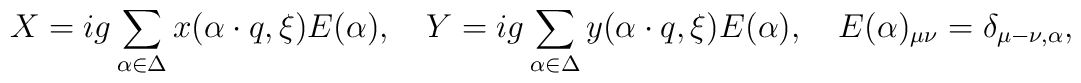
X=ig\sum_{\alpha\in\Delta}x(\alpha\cdot    q, \xi)E(\alpha),\quad   	Y=ig\sum_{\alpha\in\Delta}y(\alpha\cdot    q, \xi)E(\alpha),\quad   	E(\alpha)_{\mu \nu}=\delta_{\mu-\nu,\alpha},